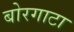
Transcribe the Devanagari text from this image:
बोरगाटा